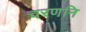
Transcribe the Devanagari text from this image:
चरणनि